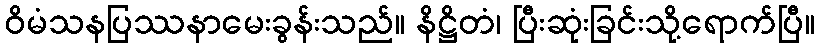
ဝိမံသနပြဿနာမေးခွန်းသည်။ နိဋ္ဌိတံ၊ ပြီးဆုံးခြင်းသို့ရောက်ပြီ။